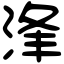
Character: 浲